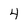
Character: 4